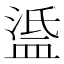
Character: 𥁼